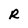
Character: R